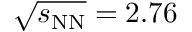
\sqrt { s _ { \mathrm { N N } } } = 2 . 7 6